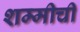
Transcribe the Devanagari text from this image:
शम्मीची